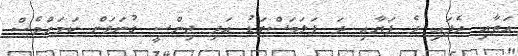
އަތާއި ދެފައި ދެ ފަޔާއި ދަ ފަލަމަސްގަޑު އަދި ޖިންސީ ގުނަވަން ކަމަށްވެސް